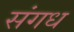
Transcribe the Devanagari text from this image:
संगध